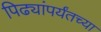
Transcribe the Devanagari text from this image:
पिढ्यांपर्यंतच्या